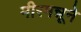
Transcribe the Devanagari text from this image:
मीरमन्नूने